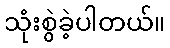
သုံးစွဲခဲ့ပါတယ်။